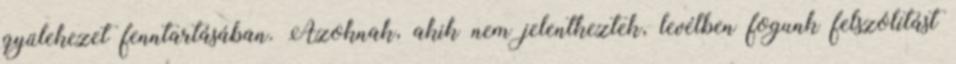
gyülekezet fenntartásában. Azoknak, akik nem jelentkeztek, levélben fogunk felszólítást